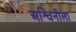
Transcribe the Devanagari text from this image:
अश्विनीला